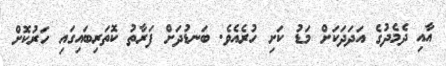
އާއި ދެމެދުގެ އަދަަދަކަށް މަޑު ކަށި ހުރެއެވެ. ބަނޑުދަށް ފަރާތު ކޮތަރިބައިގައި ހަރުކޮށް